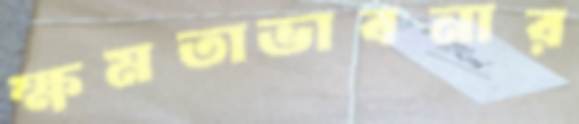
ক্ষমতাভাবনার